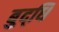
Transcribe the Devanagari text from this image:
बुद्‌धि